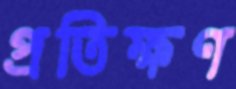
প্রতিক্ষণ